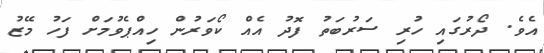
އެވެ. ދޯރުގައި ހުރި ސަރުބަތު ފޮދު އެއް ކޯވަރުން ހިއްޕެވުމަށް ފަހު މޭޒު